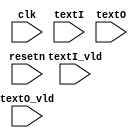
//-------------------------------------------------------
// Copyright (c) 2015 by Ando Ki
// All right reserved.
//
// http://www.dynalith.com
// adki@dynalith.com
//-------------------------------------------------------
`timescale 1ns/1ns

module check(
       input  wire         resetn
     , input  wire         clk
     , input  wire [63:0]  textI
     , input  wire         textI_vld
     , input  wire [63:0]  textO
     , input  wire         textO_vld
);
    //---------------------------------------------
    reg [63:0]  r_textI[0:127];
    reg [63:0]  r_textO;
    integer     idx, idy;
    //---------------------------------------------
    always @ (posedge clk or negedge resetn) begin
         if (resetn==1'b0) begin
             r_textI[0] <= 64'b0;
             r_textI[1] <= 64'b0;
             idx        <= 0;
         end else begin
             if (textI_vld) begin
                 r_textI[idx] <= textI;
                 idx <= (idx+1)%128;
             end
         end
    end
    //---------------------------------------------
    always @ (posedge clk or negedge resetn) begin
         if (resetn==1'b0) begin
             r_textO <= 64'b0;
             idy        <= 0;
         end else begin
             if (textO_vld) begin
                 if (r_textI[idy]!=textO) begin
$display("%4d Error: %d cryption check in=0x%x out=0x%x",
          $time, idy, r_textI[63], textO);
                 end else begin
$display("%4d OK: %4d   decryption after encryption check", $time, idy);
                 end
                 idy = (idy+1)%128;
             end
         end
    end
endmodule